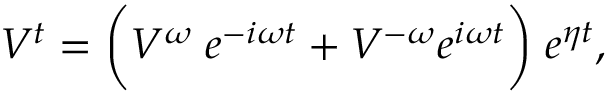
V ^ { t } = \bigg ( V ^ { \omega } \; e ^ { - i \omega t } + V ^ { - \omega } e ^ { i \omega t } \bigg ) \; e ^ { \eta t } ,